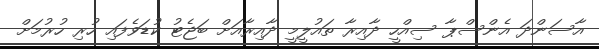
އާސަންދަ އެންސްޕާ ސިއްހީ ދާއިރާ ތައުލީމީ ދާއިރާއަށް ބަޖެޓު ކުޑަވެފައި ހުރި ހުރުމަށް